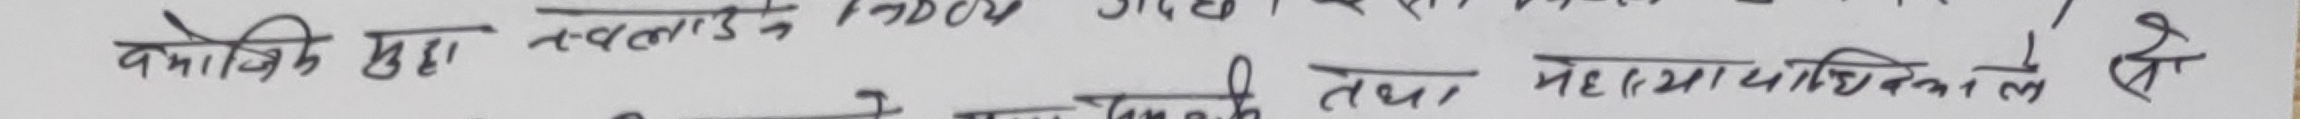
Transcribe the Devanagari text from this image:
किनकि यहाँ तबलादे पुराना गए।
नभएकाले तथा महाविद्यालयकाले हो।